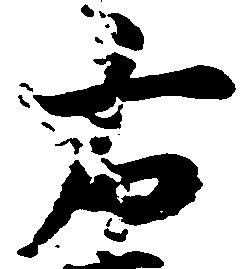
右